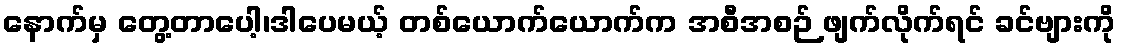
နောက်မှ တွေ့တာပေါ့၊ဒါပေမယ့် တစ်ယောက်ယောက်က အစီအစဉ် ဖျက်လိုက်ရင် ခင်ဗျားကို